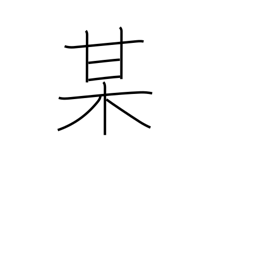
Meaning: so-and-so